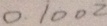
0 . 1 0 0 2